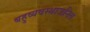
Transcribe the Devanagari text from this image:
बहुव्यवस्थाजनित